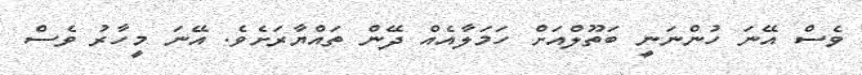
ވެސް އޭނަ ހުންނަނީ ބަތޫލްއަށް ހަމަލާއެއް ދޭން ތައްޔާރަށެވެ. އޭނަ މީހާރު ވެސް